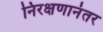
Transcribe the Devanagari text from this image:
निरक्षणानंतर